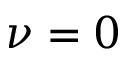
\nu = 0